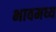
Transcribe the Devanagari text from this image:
भावमध्य